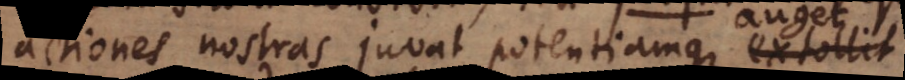
actiones nostras juvat potentiamque extollit.